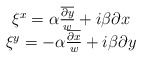
\begin{align*}\begin{array}{c}\xi^x=\alpha\frac{\overline{\partial y}}{w}+i\beta\partial x \\\xi^y=-\alpha\frac{\overline{\partial x}}{w}+i\beta\partial y\end{array}\end{align*}